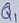
Text: Q1